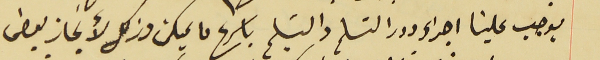
يوجب علينا اجراء دور التسلم والتسَليم باسرع ما يمكن وذلك لأنجاز بعض